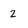
Character: 2